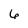
Character: 6